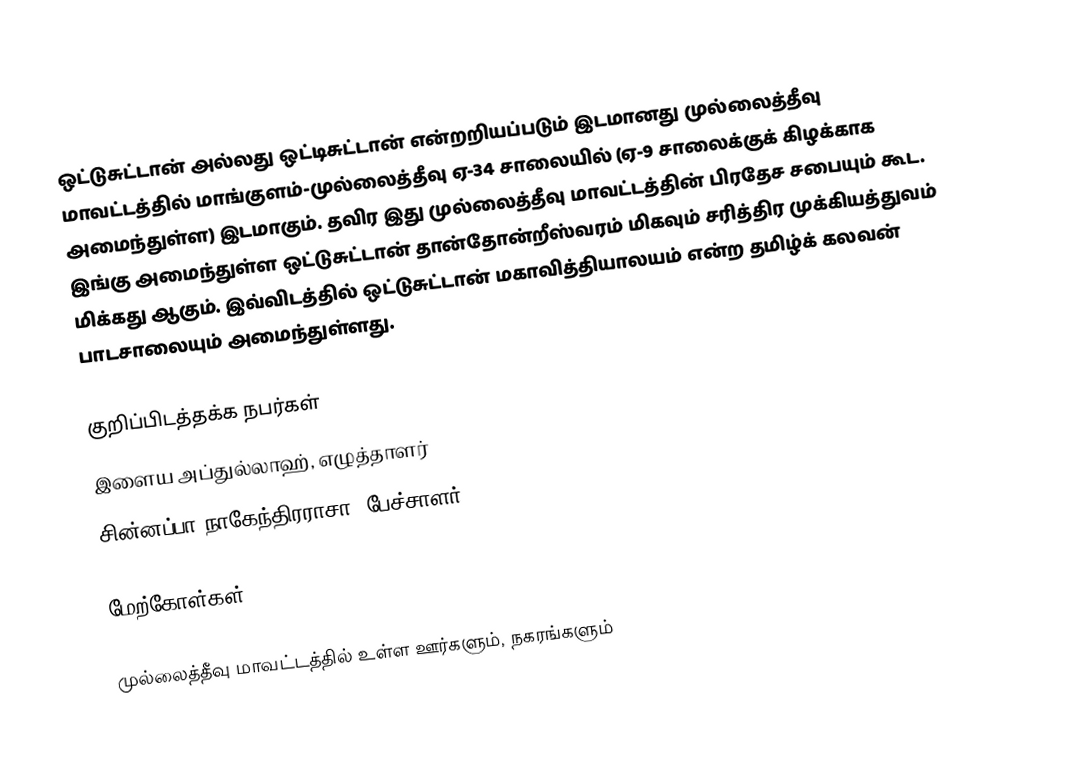
ஒட்டுசுட்டான் அல்லது ஒட்டிசுட்டான் என்றறியப்படும் இடமானது முல்லைத்தீவு மாவட்டத்தில் மாங்குளம்-முல்லைத்தீவு ஏ-34 சாலையில் (ஏ-9 சாலைக்குக் கிழக்காக அமைந்துள்ள) இடமாகும். தவிர இது முல்லைத்தீவு மாவட்டத்தின் பிரதேச சபையும் கூட. இங்கு அமைந்துள்ள ஒட்டுசுட்டான் தான்தோன்றீஸ்வரம் மிகவும் சரித்திர முக்கியத்துவம் மிக்கது ஆகும். இவ்விடத்தில் ஒட்டுசுட்டான்  மகாவித்தியாலயம் என்ற தமிழ்க் கலவன் பாடசாலையும் அமைந்துள்ளது.

குறிப்பிடத்தக்க நபர்கள்
 இளைய அப்துல்லாஹ், எழுத்தாளர்
 சின்னப்பா நாகேந்திரராசா, பேச்சாளர்

மேற்கோள்கள்

முல்லைத்தீவு மாவட்டத்தில் உள்ள ஊர்களும், நகரங்களும்